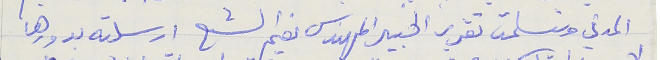
المدني وتسلمت تقرير الخبير المهندس نعيم الشع ارسلته بدورها